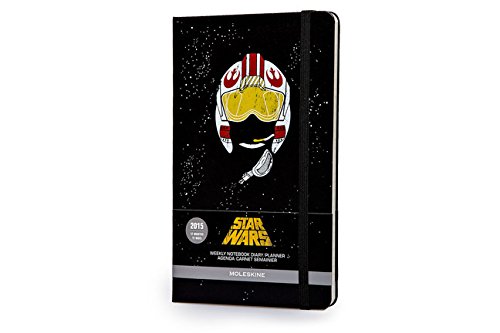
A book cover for Moleskine 2015 Star Wars Limited Edition Weekly Notebook, 12M, Large, Black, Hard Cover (5 x 8.25) (Moleskine Star Wars); Moleskine; Calendars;